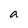
Character: a